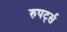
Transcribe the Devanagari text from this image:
रुपर्ट्स